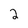
Character: 2